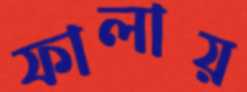
ফালায়